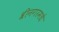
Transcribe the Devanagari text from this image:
श्रीनगरमधे